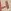
Text: +